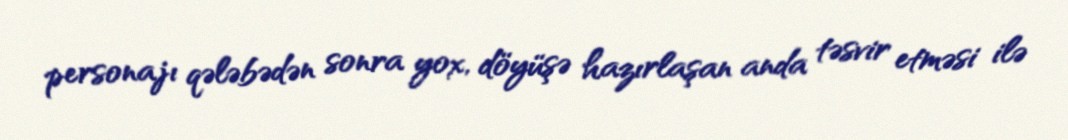
personajı qələbədən sonra yox, döyüşə hazırlaşan anda təsvir etməsi ilə